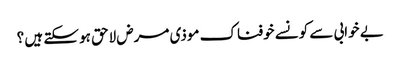
بے خوابی سے کونسے خوفناک موذی مرض لاحق ہو سکتے ہیں ؟